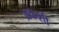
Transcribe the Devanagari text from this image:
अकेशी